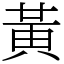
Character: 黃